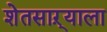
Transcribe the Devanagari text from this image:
शेतसाऱ्याला